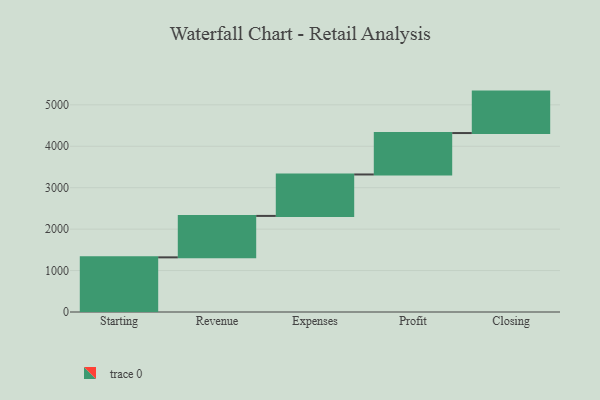
{"axis": {"x": "Step", "y": "Value"}, "legend": [""], "data": [{"x": "Starting", "y": 1319.0, "type": ""}, {"x": "Revenue", "y": 1000, "type": ""}, {"x": "Expenses", "y": 1000, "type": ""}, {"x": "Profit", "y": 1000, "type": ""}, {"x": "Closing", "y": 1000, "type": ""}]}